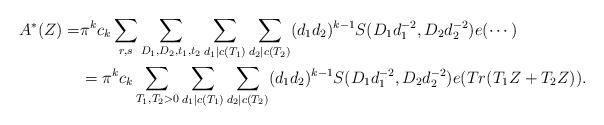
\begin{align*} A^*(Z)=& \pi^k c_k \sum_{r,s}\sum_{D_1,D_2,t_1,t_2}\sum_{d_1|c(T_1)}\sum_{d_2|c(T_2)}(d_1d_2)^{k-1}S(D_1d_1^{-2},D_2d_2^{-2})e(\cdots)\\ &=\pi^k c_k \sum_{T_1,T_2>0}\sum_{d_1|c(T_1)}\sum_{d_2|c(T_2)}(d_1d_2)^{k-1} S(D_1d_1^{-2},D_2d_2^{-2}) e(Tr(T_1Z+T_2Z)).\end{align*}